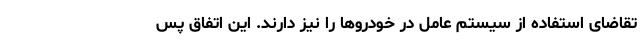
تقاضای استفاده از سیستم عامل در خودروها را نیز دارند. این اتفاق پس